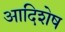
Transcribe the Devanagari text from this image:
आदिशेष